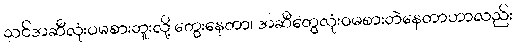
သင်အဆီလုံးဝမစားဘူးလို့ တွေးနေတာ၊ အဆီတွေလုံးဝမစားဘဲနေတာဟာလည်း